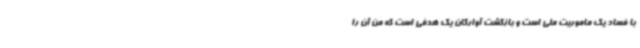
با فساد یک ماموریت ملی است و بازگشت آوارگان یک هدفی است که من آن را